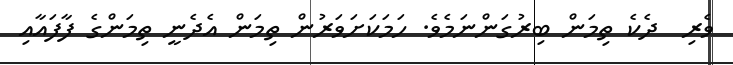
ވެރި  ދެކެ ތިމަން ބިރުގަންނަމެވެ. ހަމަކަށަވަރުން ތިމަން އެދެނީ ތިމަންގެ ފާފައާއި